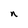
Character: n